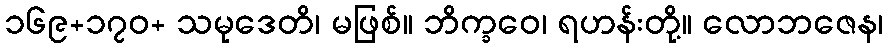
၁၆၉+၁၇၀+ သမုဒေတိ၊ မဖြစ်။ ဘိက္ခဝေ၊ ရဟန်းတို့။ လောဘဇေန၊